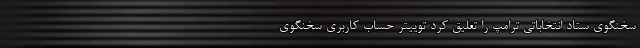
سخنگوی ستاد انتخاباتی ترامپ را تعلیق کرد توییتر حساب کاربری سخنگوی